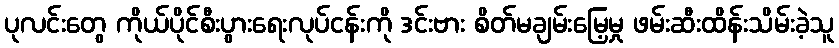
ပုလင်းတွေ ကိုယ်ပိုင်စီးပွားရေးလုပ်ငန်းကို ဒင်းဗား စိတ်မချမ်းမြေ့မှု ဖမ်းဆီးထိန်းသိမ်းခဲ့သူ